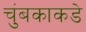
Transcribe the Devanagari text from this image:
चुंबकाकडे